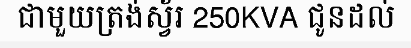
ជាមួយត្រង់ស្វ័រ 250KVA ជូនដល់